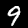
Label: 9